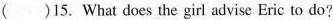
()15. What does the girl advise Eric to do?